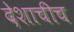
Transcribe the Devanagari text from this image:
देशाचीच